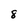
Character: 8